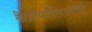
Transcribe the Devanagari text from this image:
कैप्रीफोलिआसी